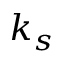
k _ { s }